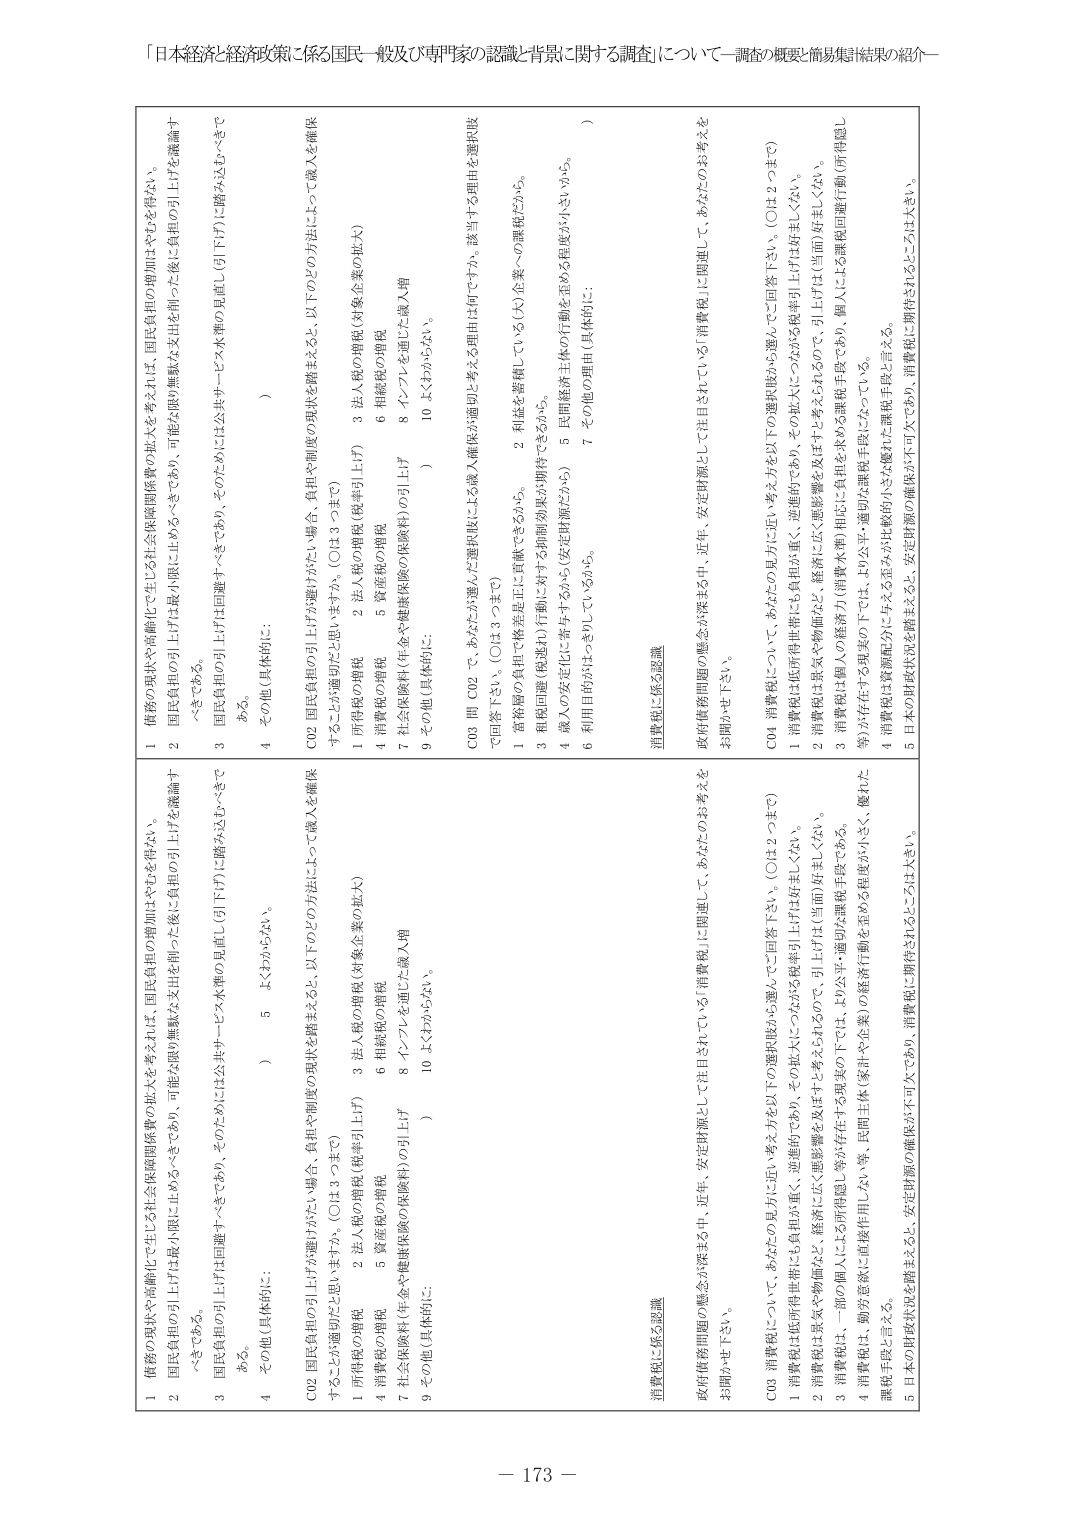
「日本経済と経済政策に係る国民一般及び専門家の認識・背景に関する調査」について－調査の概要・簡易集計結果の紹介－

1 借務の現状や高齢化で生じる社会保障関係費の拡大を考えれば、国民負担の増加はやむを得ない。
2 国民負担の引上げは最小限に止めるべきであり、可能な限り無駄な支出を削った後に負担の引上げを議論すべきである。
3 国民負担の引上げは回避すべきであり、そのためには公共サービス水準の見直し（引下げ）に踏み込むべきである。
4 その他（具体的に： ）

C02 国民負担の引上げが避けがたい場合、負担や制度の現状を踏まえると、以下のどの方法によって歳入を確保することが適切だと思いますか。（○は3つまで）
1 所得税の増税
2 法人税の増税（税率引上げ）
3 法人税の増税（対象企業の拡大）
4 消費税の増税
5 資産税の増税
6 相続税の増税
7 社会保険料（年金や健康保険の保険料）の引上げ
8 インフレを通じた歳入増
9 その他（具体的に： ）
10 よくわからない。

C03 問 C02 で、あなたが選んだ増税収入による歳入確保が適切と考える理由は何ですか。該当する理由を選択肢で回答下さい。（○は3つまで）
1 富裕層の負担で格差是正に貢献できるから。
2 利益を蓄積している（大）企業への課税だから。
3 税制回避（税逃れ）行動に対する抑制効果が期待できるから。
4 歳入の安定化に寄与するから（安定財源だから）
5 民間経済主体の行動を歪める程度が小さいから。
6 利用目的がはっきりしているから。
7 その他の理由（具体的に： ）

消費税に係る認識
政府債務問題の懸念が深まる中、近年、安定財源として注目されている「消費税」に関して、あなたのお考えをお聞かせ下さい。

C04 消費税について、あなたの方に近い考え方を以下の選択肢から選んでご回答下さい。（○は2つまで）
1 消費税は低所得者に負担が重く、逆進的であるから、その拡大につながる税制引上げは当面好ましくない。
2 消費税は景気や物価などに悪影響を及ぼすと考えられるので、引上げは当面好ましくない。
3 消費税は個人の経済力（消費水準）に応じた負担を求める課税手段であり、個人による課税回避行動（所得隠し等）が存在する現実の下では、より公平・適切な課税手段になっている。
4 消費税は、勤労意欲に直接作用しない等、民間主体（家計や企業）の経済行動を歪める程度が小さく、優れた課税手段と言える。
5 日本の財政状況を踏まえると、安定財源の確保が不可欠であり、消費税に期待されるところは大きい。

1 借務の現状や高齢化で生じる社会保障関係費の拡大を考えれば、国民負担の増加はやむを得ない。
2 国民負担の引上げは最小限に止めるべきであり、可能な限り無駄な支出を削った後に負担の引上げを議論すべきである。
3 国民負担の引上げは回避すべきであり、そのためには公共サービス水準の見直し（引下げ）に踏み込むべきである。
4 その他（具体的に： ）

C02 国民負担の引上げが避けがたい場合、負担や制度の現状を踏まえると、以下のどの方法によって歳入を確保することが適切だと思いますか。（○は3つまで）
1 所得税の増税
2 法人税の増税（税率引上げ）
3 法人税の増税（対象企業の拡大）
4 消費税の増税
5 資産税の増税
6 相続税の増税
7 社会保険料（年金や健康保険の保険料）の引上げ
8 インフレを通じた歳入増
9 その他（具体的に： ）
10 よくわからない。

C03 問 C02 で、あなたが選んだ増税収入による歳入確保が適切と考える理由は何ですか。該当する理由を選択肢で回答下さい。（○は3つまで）
1 富裕層の負担で格差是正に貢献できるから。
2 利益を蓄積している（大）企業への課税だから。
3 税制回避（税逃れ）行動に対する抑制効果が期待できるから。
4 歳入の安定化に寄与するから（安定財源だから）
5 民間経済主体の行動を歪める程度が小さいから。
6 利用目的がはっきりしているから。
7 その他の理由（具体的に： ）

消費税に係る認識
政府債務問題の懸念が深まる中、近年、安定財源として注目されている「消費税」に関して、あなたのお考えをお聞かせ下さい。

C04 消費税について、あなたの方に近い考え方を以下の選択肢から選んでご回答下さい。（○は2つまで）
1 消費税は低所得者に負担が重く、逆進的であるから、その拡大につながる税制引上げは当面好ましくない。
2 消費税は景気や物価などに悪影響を及ぼすと考えられるので、引上げは当面好ましくない。
3 消費税は個人の経済力（消費水準）に応じた負担を求める課税手段であり、個人による課税回避行動（所得隠し等）が存在する現実の下では、より公平・適切な課税手段になっている。
4 消費税は、勤労意欲に直接作用しない等、民間主体（家計や企業）の経済行動を歪める程度が小さく、優れた課税手段と言える。
5 日本の財政状況を踏まえると、安定財源の確保が不可欠であり、消費税に期待されるところは大きい。

－ 173 －